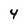
Character: 4